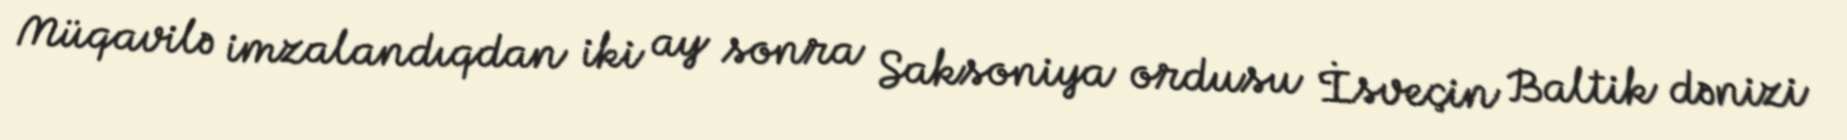
Müqavilə imzalandıqdan iki ay sonra Saksoniya ordusu İsveçin Baltik dənizi